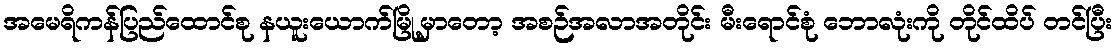
အမေရိကန်ပြည်ထောင်စု နယူးယောက်မြို့မှာတော့ အစဉ်အလာအတိုင်း မီးရောင်စုံ ဘောလုံးကို တိုင်ထိပ် တင်ပြီး